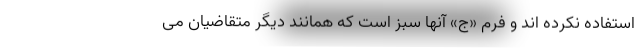
استفاده نکرده اند و فرم «ج» آنها سبز است که همانند دیگر متقاضیان می